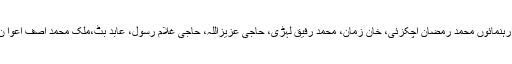
اجلاس میں کنفیڈریشن کے رہنمائوں محمد رمضان اچکزئی، خان زمان، محمد رفیق لہڑی، حاجی عزیزاللہ، حاجی غلام رسول، عابد بٹ،ملک محمد آصف اعوا ن اور دیگر نے شرکت کیں۔